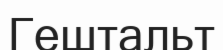
Гештальт